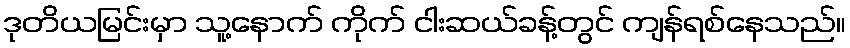
ဒုတိယမြင်းမှာ သူ့နောက် ကိုက် ငါးဆယ်ခန့်တွင် ကျန်ရစ်နေသည်။